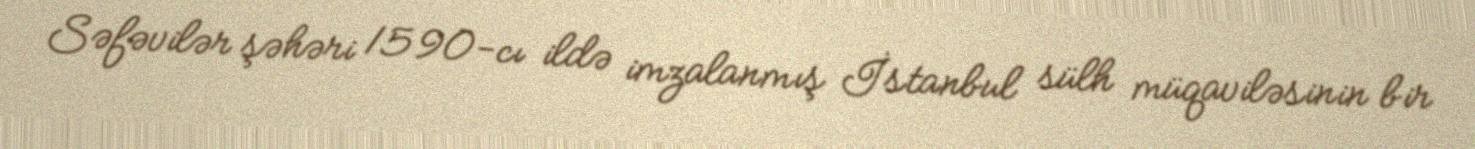
Səfəvilər şəhəri 1590-cı ildə imzalanmış İstanbul sülh müqaviləsinin bir